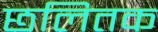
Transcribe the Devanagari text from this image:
छलितक